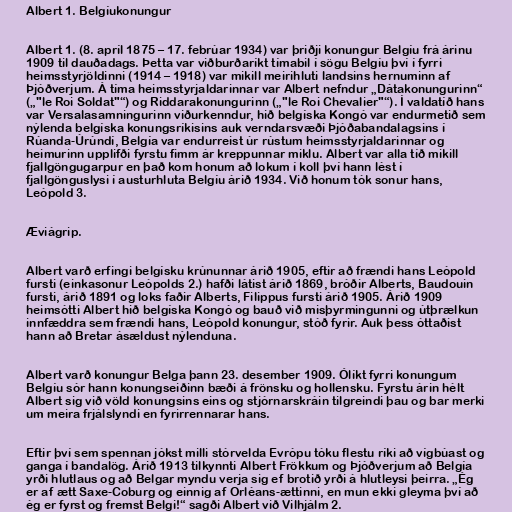
Albert 1. Belgíukonungur

Albert 1. (8. apríl 1875 – 17. febrúar 1934) var þriðji konungur Belgíu frá árinu
1909 til dauðadags. Þetta var viðburðaríkt tímabil í sögu Belgíu því í fyrri
heimsstyrjöldinni (1914 – 1918) var mikill meirihluti landsins hernuminn af
Þjóðverjum. Á tíma heimsstyrjaldarinnar var Albert nefndur „Dátakonungurinn“
(„"le Roi Soldat"“) og Riddarakonungurinn („"le Roi Chevalier"“). Í valdatíð hans
var Versalasamningurinn viðurkenndur, hið belgíska Kongó var endurmetið sem
nýlenda belgíska konungsríkisins auk verndarsvæði Þjóðabandalagsins í
Rúanda-Úrúndí, Belgía var endurreist úr rústum heimsstyrjaldarinnar og
heimurinn upplifði fyrstu fimm ár kreppunnar miklu. Albert var alla tíð mikill
fjallgöngugarpur en það kom honum að lokum í koll því hann lést í
fjallgönguslysi í austurhluta Belgíu árið 1934. Við honum tók sonur hans,
Leópold 3.

Æviágrip.

Albert varð erfingi belgísku krúnunnar árið 1905, eftir að frændi hans Leópold
fursti (einkasonur Leópolds 2.) hafði látist árið 1869, bróðir Alberts, Baudouin
fursti, árið 1891 og loks faðir Alberts, Filippus fursti árið 1905. Árið 1909
heimsótti Albert hið belgíska Kongó og bauð við misþyrmingunni og útþrælkun
innfæddra sem frændi hans, Leópold konungur, stóð fyrir. Auk þess óttaðist
hann að Bretar ásældust nýlenduna.

Albert varð konungur Belga þann 23. desember 1909. Ólíkt fyrri konungum
Belgíu sór hann konungseiðinn bæði á frönsku og hollensku. Fyrstu árin hélt
Albert sig við völd konungsins eins og stjórnarskráin tilgreindi þau og bar merki
um meira frjálslyndi en fyrirrennarar hans.

Eftir því sem spennan jókst milli stórvelda Evrópu tóku flestu ríki að vígbúast og
ganga í bandalög. Árið 1913 tilkynnti Albert Frökkum og Þjóðverjum að Belgía
yrði hlutlaus og að Belgar myndu verja sig ef brotið yrði á hlutleysi þeirra. „Ég
er af ætt Saxe-Coburg og einnig af Orléans-ættinni, en mun ekki gleyma því að
ég er fyrst og fremst Belgi!“ sagði Albert við Vilhjálm 2.